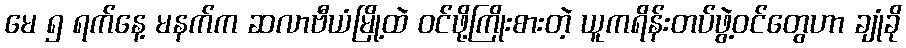
မေ ၅ ရက်နေ့ မနက်က ဆလာဗီယံမြို့ထဲ ဝင်ဖို့ကြိုးစားတဲ့ ယူကရိန်းတပ်ဖွဲ့ဝင်တွေဟာ ချုံခို